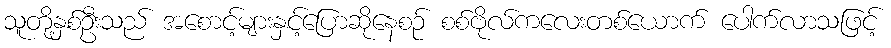
သူတို့နှစ်ဦးသည် အစောင့်များနှင့်ပြောဆိုနေစဉ် စစ်ဗိုလ်ကလေးတစ်ယောက် ပေါက်လာသဖြင့်